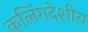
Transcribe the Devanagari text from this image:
कलिंगदेशीय